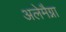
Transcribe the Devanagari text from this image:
अलेमैग्ना